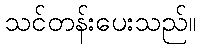
သင်တန်းပေးသည်။